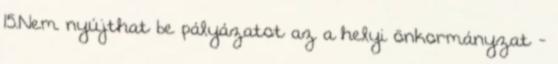
15.Nem nyújthat be pályázatot az a helyi önkormányzat -